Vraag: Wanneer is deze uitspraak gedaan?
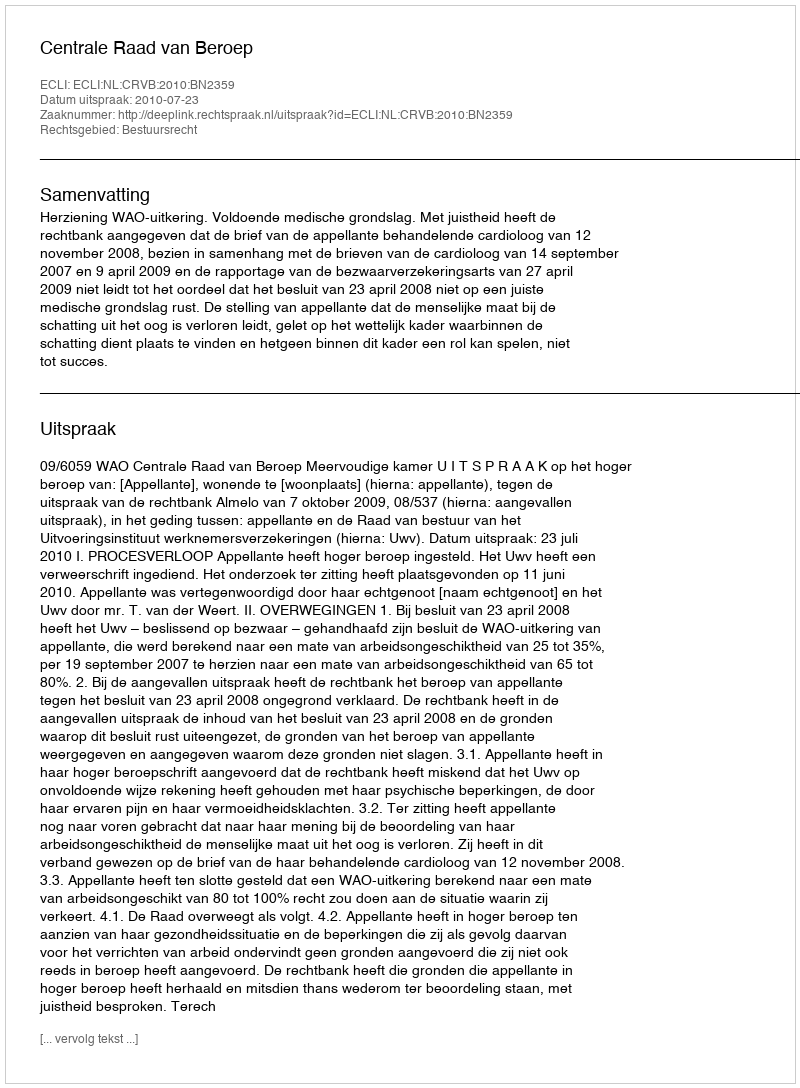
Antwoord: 2010-07-23